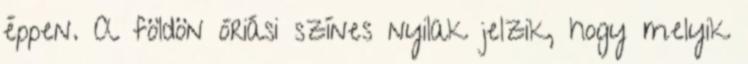
éppen. A földön óriási színes nyilak jelzik, hogy melyik